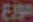
موزع